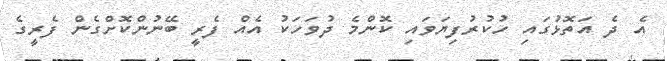
އެ ދެ އަތޮޅުގައި ހުކުރުފިޔަވައި ކޮންމެ ދުވަހަކު އެއް ފެރީ ބޭނުންކޮށްގެން ފެރީގެ